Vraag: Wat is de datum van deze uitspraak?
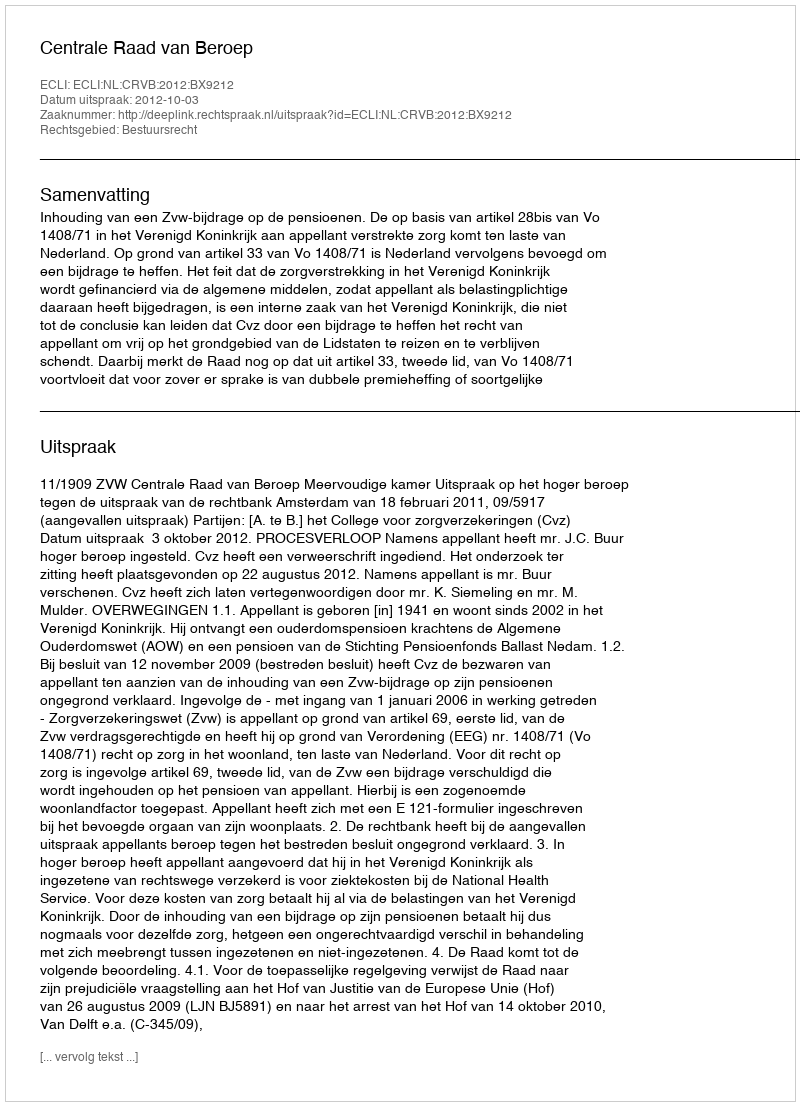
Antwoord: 2012-10-03